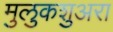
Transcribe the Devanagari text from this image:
मुलुकशुअरा